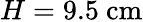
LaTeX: H=9.5~\mathrm{cm}